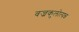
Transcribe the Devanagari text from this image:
वज्रकुलोत्पन्न